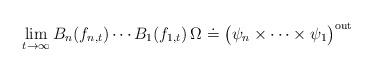
LaTeX: \begin{align*}\lim_{t\rightarrow\infty} B_n(f_{n,t})\cdots B_1(f_{1,t})\,\Omega \doteq\big(\psi_n\times\cdots\times\psi_1\big)^{{\rm out}}\,\end{align*}